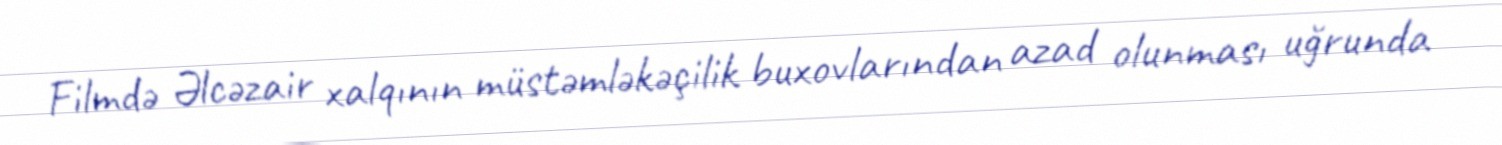
Filmdə Əlcəzair xalqının müstəmləkəçilik buxovlarından azad olunması uğrunda